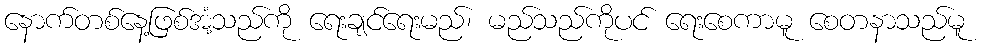
နောက်တစ်နေ့ဖြစ်အံ့သည်ကို ရေးချင်ရေးမည်၊ မည်သည်ကိုပင် ရေးစေကာမူ စေတနာသည်မူ